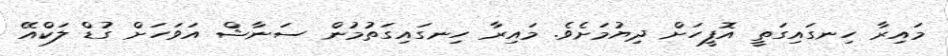
މައިރާ ހިނގައިގަތީ އޮފީހަށް ދިޔުމަށެވެ. މައިރާ ހިނގައިގަތުމުން ސަނާޝް އަވަހަށް ގުޑް ލަކްއޭ